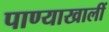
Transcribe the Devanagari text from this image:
पाण्याखालीं